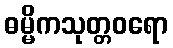
ဓမ္မိကသုတ္တဝရော